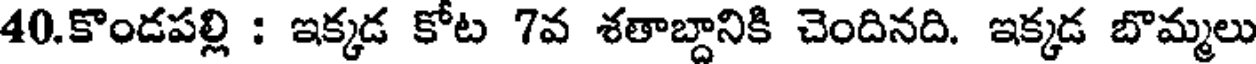
40.కొండపల్లి : ఇక్కడ కోట 7వ శతాబ్దానికి చెందినది. ఇక్కడ బొమ్మలు